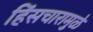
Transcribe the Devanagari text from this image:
हिंसचारामुळे